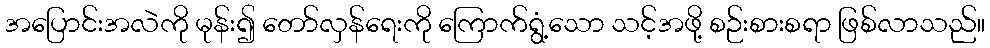
အပြောင်းအလဲကို မုန်း၍ တော်လှန်ရေးကို ကြောက်ရွံ့သော သင့်အဖို့ စဉ်းစားစရာ ဖြစ်လာသည်။